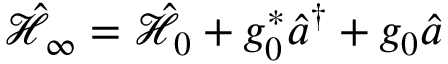
\hat { \mathcal { H } } _ { \infty } = \hat { \mathcal { H } } _ { 0 } + g _ { 0 } ^ { * } \hat { a } ^ { \dagger } + g _ { 0 } \hat { a }